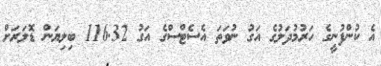
އެ ކުންފުނީގެ ހަރުމުދަލުގެ އަގު ނުވަތަ އެސެޓްސްގެ އަގު 116.32 ބިލިޔަން ޑޮލަރަށް